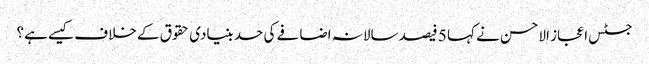
جسٹس اعجاز الاحسن نے کہا 5 فیصد سالانہ اضافے کی حد بنیادی حقوق کے خلاف کیسے ہے؟